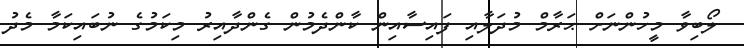
ލޯބިވާ މީހުންނަށް ޙަރާމް މުދަލާއި ފައިސާއިން ކާންދެމުން ގެންދާއިރު މިކަމުގެ ނުބައިކަމާ މެދު